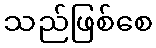
သည်ဖြစ်စေ